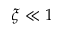
\xi \ll 1